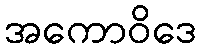
အကောဝိဒေ